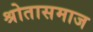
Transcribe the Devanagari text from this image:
श्रोतासमाज